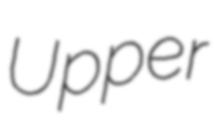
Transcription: Upper